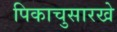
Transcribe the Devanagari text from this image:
पिकाचुसारखे